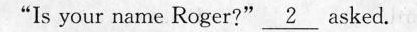
"ls your name Reger?" \underline{2} asked